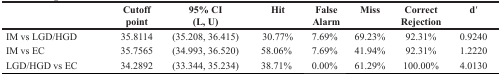
<table><thead><tr><td></td><td><b>Cutoff point</b></td><td><b>95% CI (L, U)</b></td><td><b>Hit</b></td><td><b>False Alarm</b></td><td><b>Miss</b></td><td><b>Correct Rejection</b></td><td><b>d′</b></td></tr></thead><tbody><tr><td>IM vs LGD/HGD</td><td>35.8114</td><td>(35.208, 36.415)</td><td>30.77%</td><td>7.69%</td><td>69.23%</td><td>92.31%</td><td>0.9240</td></tr><tr><td>IM vs EC</td><td>35.7565</td><td>(34.993, 36.520)</td><td>58.06%</td><td>7.69%</td><td>41.94%</td><td>92.31%</td><td>1.2220</td></tr><tr><td>LGD/HGD vs EC</td><td>34.2892</td><td>(33.344, 35.234)</td><td>38.71%</td><td>0.00%</td><td>61.29%</td><td>100.00%</td><td>4.0130</td></tr></tbody></table>